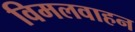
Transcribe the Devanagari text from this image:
विमलवाहन